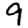
Digit: 9